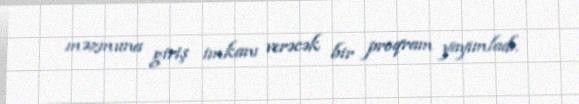
məzmuna giriş imkanı verəcək bir proqram yayımladı.